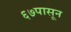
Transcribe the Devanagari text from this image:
६७पासून